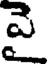
పై